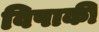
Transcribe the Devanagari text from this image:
विपाकी